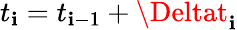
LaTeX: t_{\mathbf{i}}=t_{\mathbf{i}-1}+\Deltat_{\mathbf{i}}